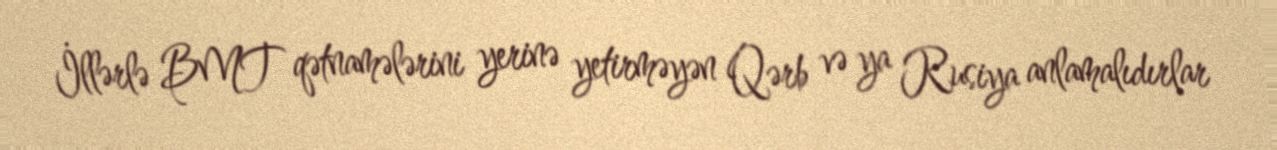
İllərlə BMT qətnamələrini yerinə yetirməyən Qərb və ya Rusiya anlamalıdırlar